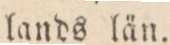
lands län.